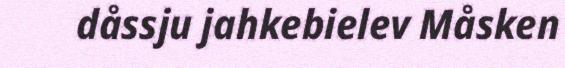
dåssju jahkebielev Måsken